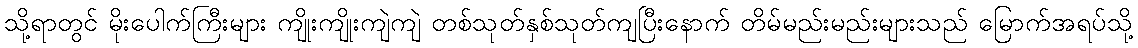
သို့ရာတွင် မိုးပေါက်ကြီးများ ကျိုးကျိုးကျဲကျဲ တစ်သုတ်နှစ်သုတ်ကျပြီးနောက် တိမ်မည်းမည်းများသည် မြောက်အရပ်သို့